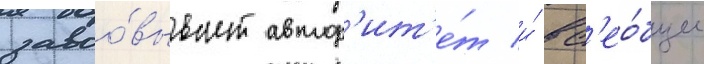
завоо́вывает автор'ит'е́т и́ вс'ео́бщее